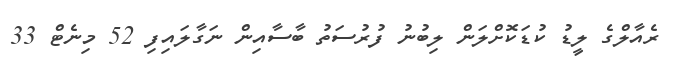
ރެއާލްގެ ލީޑު ކުޑަކޮށްލަން ލިބުނު ފުރުސަތު ބާސާއިން ނަގާލައިފި 52 މިނެޓް 33